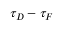
\tau _ { D } - \tau _ { F }